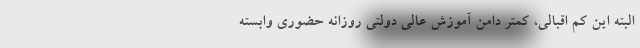
البته این کم اقبالی، کمتر دامن آموزش عالی دولتی روزانه حضوری وابسته